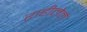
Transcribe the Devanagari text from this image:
राहीलेले